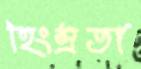
হিংস্রতা